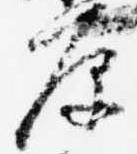
原